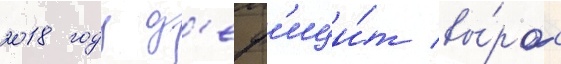
2018 году д'еф'ици́т вы́рос